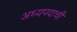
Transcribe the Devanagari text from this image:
अध्यपदाची